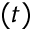
( t )